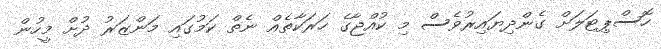
ހޮސްޕިޓަލަށް ގެންދިޔައިރުވެސް މި ކުއްޖާގެ ހަރަކާތެއް ނެތް ކަމުގައި މަންޒަރު ދުށް މީހުން